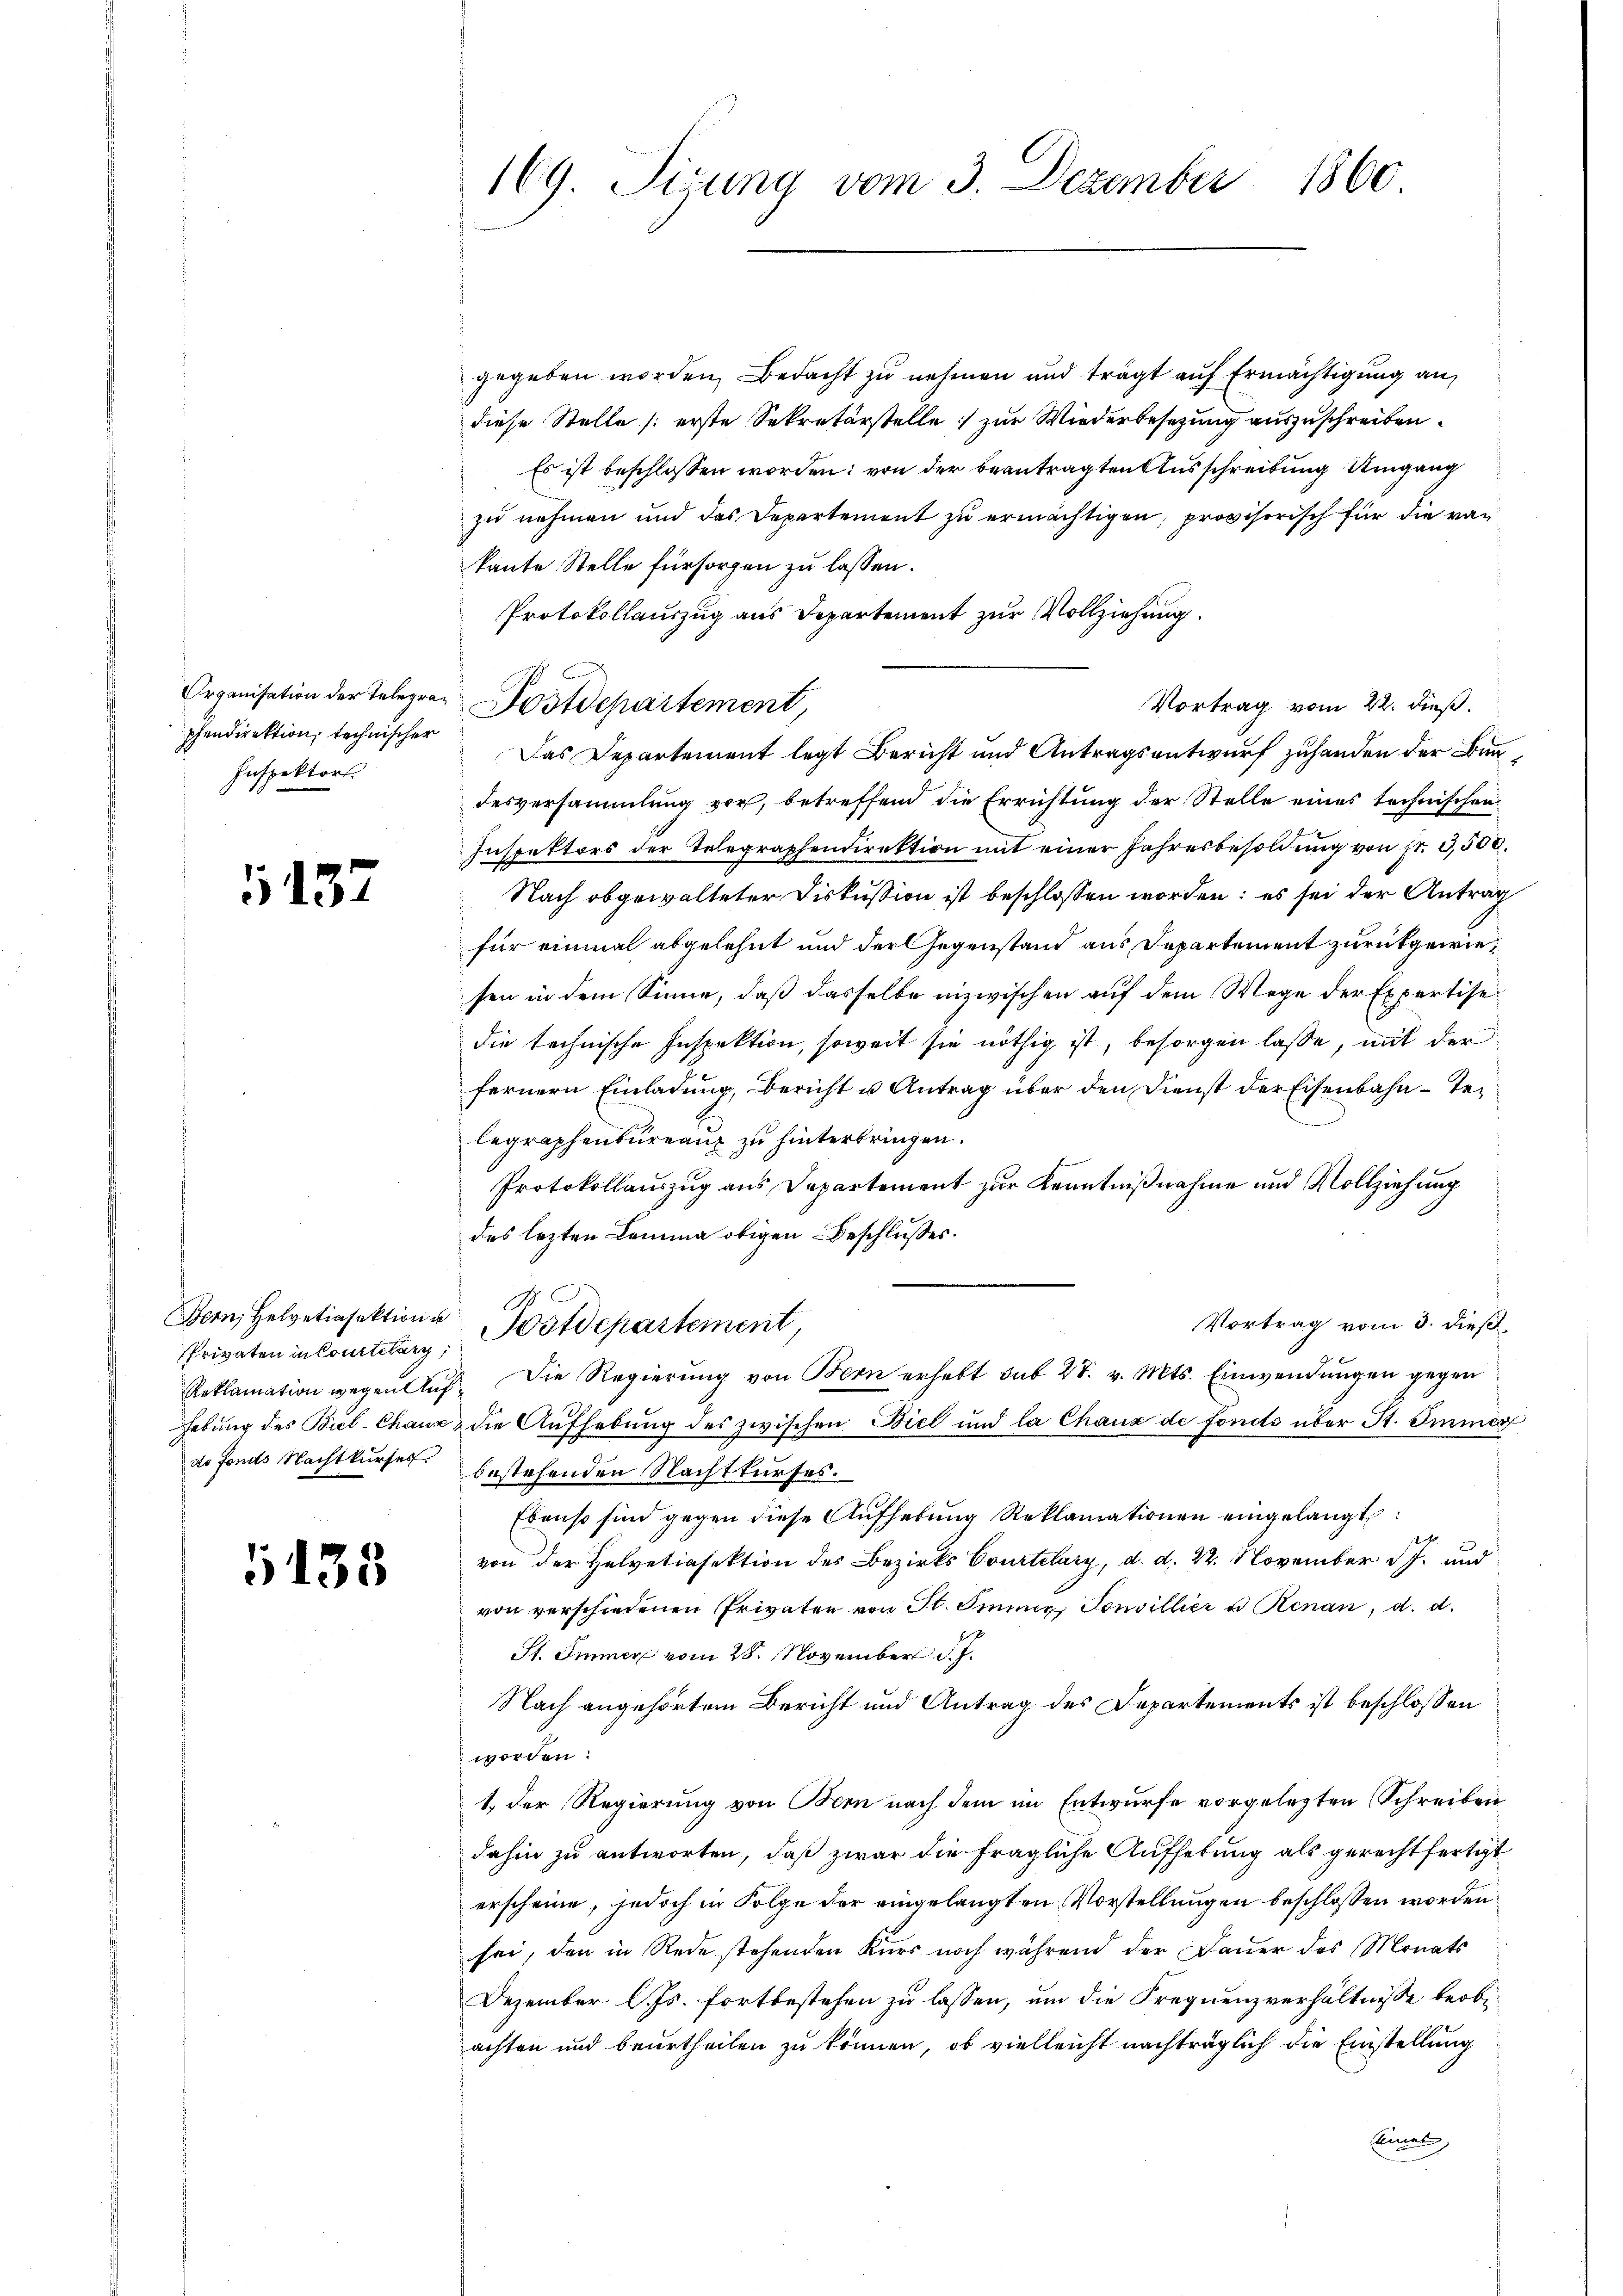
pfendirektion, technischer
Inspektors.

137

gegeben worden, Bedacht zu nehmen und trägt auf Ermächtigung an,
diese Stelle (: erste Sekretärstelle zur Wiederbesetzung auszuschreiben.
Es ist beschlossen worden: von der beantragten Ausschreibung Umgang
zu nehmen und das Departement zu ermächtigen, provisorisch für die von
kante Stelle fürsorgen zu lassen.
Protokollauszug aus Departement zur Vollziehung.
Das Departement legt Bericht und Antragsentwurf zuhanden der Bundesversammlung vor, betreffend die Errichtung der Stelle eines technischen
Inspektors der Telegraphendirektion mit einer Jahresbesoldung von fr. 3,500.
Nach obgewalteter Diskussion ist beschlossen worden: es sei der Antrag
für einmal abgelehnt und der Gegenstand aus Departement zurückgewiesen in dem Sinne, daß dasselbe inzwischen auf dem Wege der Expertise
die technische Inspektion, soweit sie nöthig ist, besorgen lasse, mit der
fernern Einladung, bericht u Antrag über den Dienst der Eisenbahn-Telegraphenbureau zu hinterbringen.
Protokollauszug aus Departement zur Kenntnißnahme und Vollziehung
des lezten Lemma obigen Beschlusses.
Vortrag vom 3. dieß,
Privaten in Contilanz, Postdepartement,
Die Regierung von Bern erhebt sub 28. v. Mts. Einwendungen gegen
hebung des Biel-Chaux die Aufhebung des zwischen Biel und la Chaux de fonds über St. Immer
de fonds Nachtkurses bestehenden Nachtkurses.
Ebenso sind gegen diese Aufhebung Reklamationen eingelangt:
1f
von der Helvetiasektion des Bezirks Courtelary, d. d. 22. November 17. und
von verschiedenen Privaten von St. Immer, Sonvillier u Renau, d. d.
St. Immer vom 28. November d. J.
Nach angehörtem Bericht und Antrag des Departements ist beschlossen
worden:
1. Der Regierung von Bern nach dem im Entwurfe vorgelegten Schreiben
dahin zu antworten, daß zwar die fragliche Aufhebung als gerechtfertigt
erscheine, jedoch in Folge der eingelangten Vorstellungen beschlossen worden
sei, den in Rede stehenden Kurs noch während der Dauer des Monats
Dezember l. Js. fortbestehen zu lassen, um die Frequenzverhältnisse beobeachten und beurtheilen zu können, ob vielleicht nachträglich die Einstellung
Einen

Bern, Helvetiasektion B
Reklamation wegen Auf¬

135

1860.
169. Sizung vom 3. Dezember

Organisation der Telegra Postdepartement,

Vortrag vom 22. dieß.